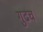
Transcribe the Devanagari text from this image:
गुढच